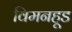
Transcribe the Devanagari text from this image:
विमनहूड